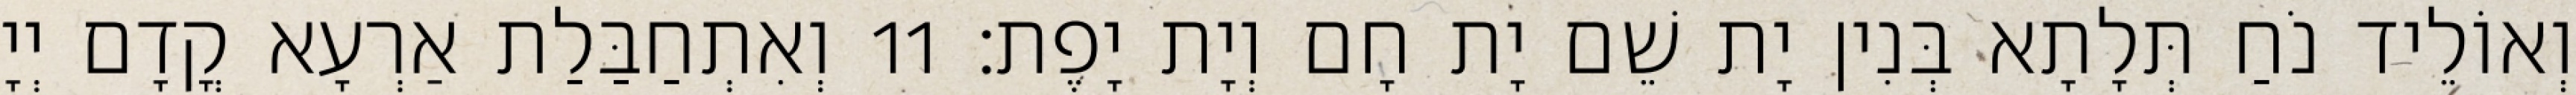
וְאוֹלֵיד נֹחַ תְּלָתָא בְּנִין יָת שֵׁם יָת חָם וְיָת יָפֶת׃ 11 וְאִתְחַבַּלַת אַרְעָא קֳדָם יְיָ